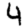
Digit: 4